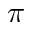
\pi